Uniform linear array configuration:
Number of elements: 4
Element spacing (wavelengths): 1
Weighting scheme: binomial
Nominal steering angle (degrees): -45
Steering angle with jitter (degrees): -46.706
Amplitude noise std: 0.05
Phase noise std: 0.05

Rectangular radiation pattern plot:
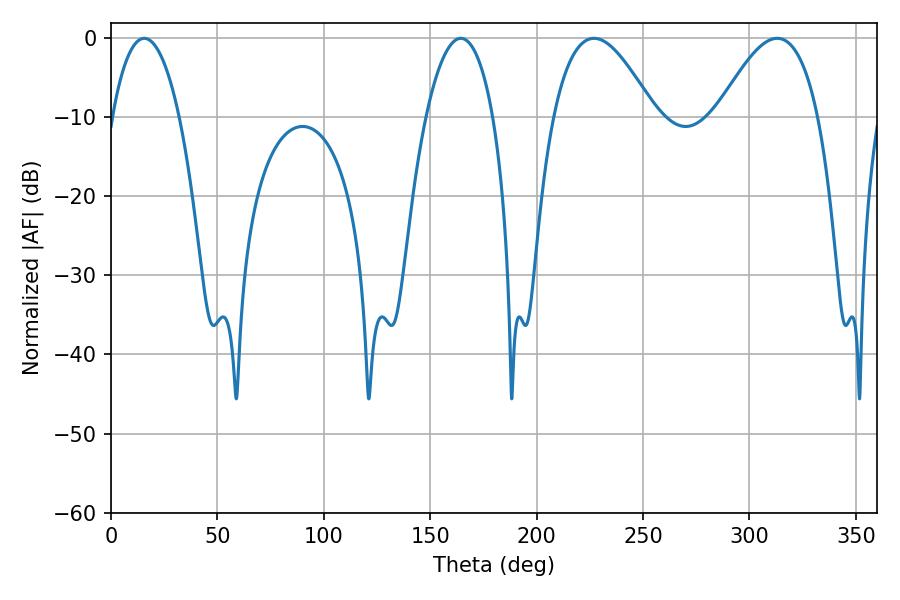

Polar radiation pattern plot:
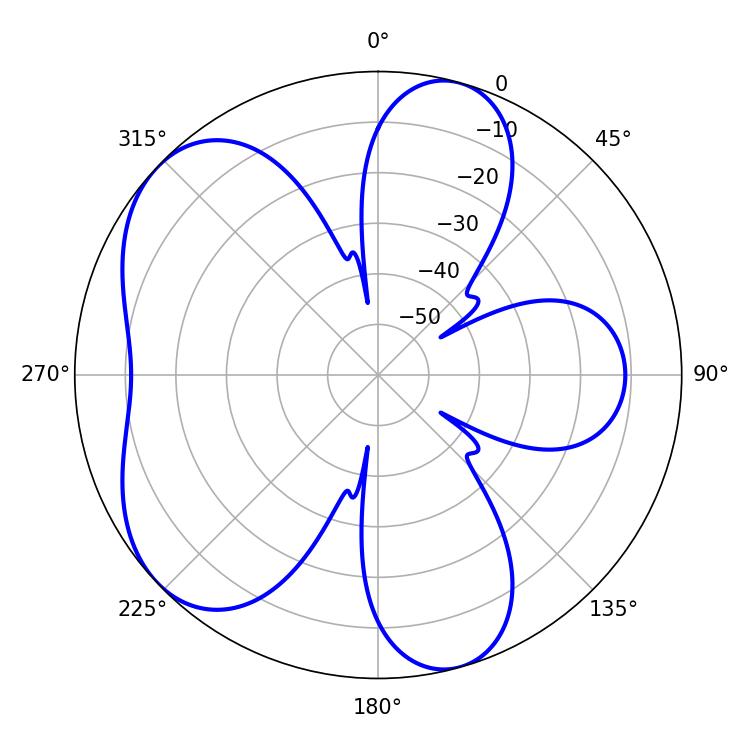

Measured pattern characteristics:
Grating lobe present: TRUE
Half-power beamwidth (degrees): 25.74
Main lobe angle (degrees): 226.98